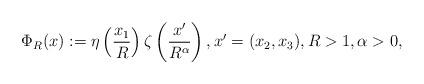
LaTeX: \begin{align*}\Phi_R (x):= \eta\left(\frac{x_1}{R}\right)\zeta\left(\frac{x'}{R^{\alpha}}\right),x'=(x_2,x_3),R>1,\alpha>0,\end{align*}